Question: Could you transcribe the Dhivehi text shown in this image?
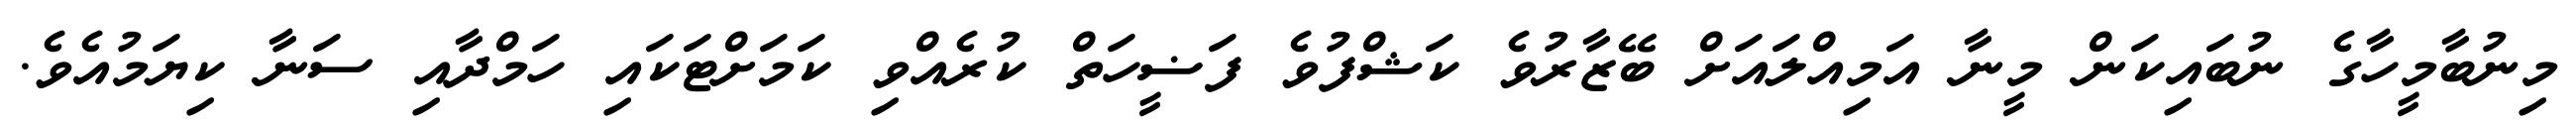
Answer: މިނުބާމީހާގެ ނުބައިކަން މީނާ އަމިއްލައަށް ބޭޒާރުވެ ކަޝްފުވެ ފަޟީހަތް ކުރެއްވި ކަމަށްޓަކައި ހަމްދާއި ސަނާ ކިޔަމުއެވެ.